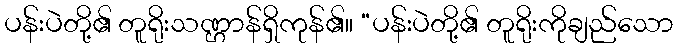
ပန်းပဲတို့၏ တူရိုးသဏ္ဌာန်ရှိကုန်၏။ “ပန်းပဲတို့၏ တူရိုးကိုချည်သော